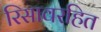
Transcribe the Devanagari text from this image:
रिसावरहित